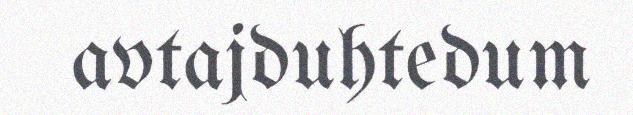
avtajduhtedum